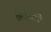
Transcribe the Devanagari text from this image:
छोल्यांचे